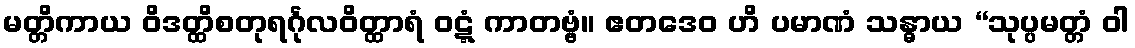
မတ္တိကာယ ဝိဒတ္ထိစတုရင်္ဂုလဝိတ္ထာရံ ဝဋ္ဋံ ကာတဗ္ဗံ။ ဧတဒေဝ ဟိ ပမာဏံ သန္ဓာယ “သုပ္ပမတ္တံ ဝါ